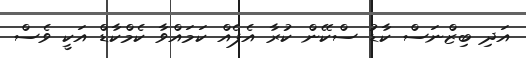
އަދި ބިޒްނަސް ކާޑު ސްކޭން ކުރާ އެޕެއް ކަމައްވާ ކެމްކާޑް އަކީ ވެސް